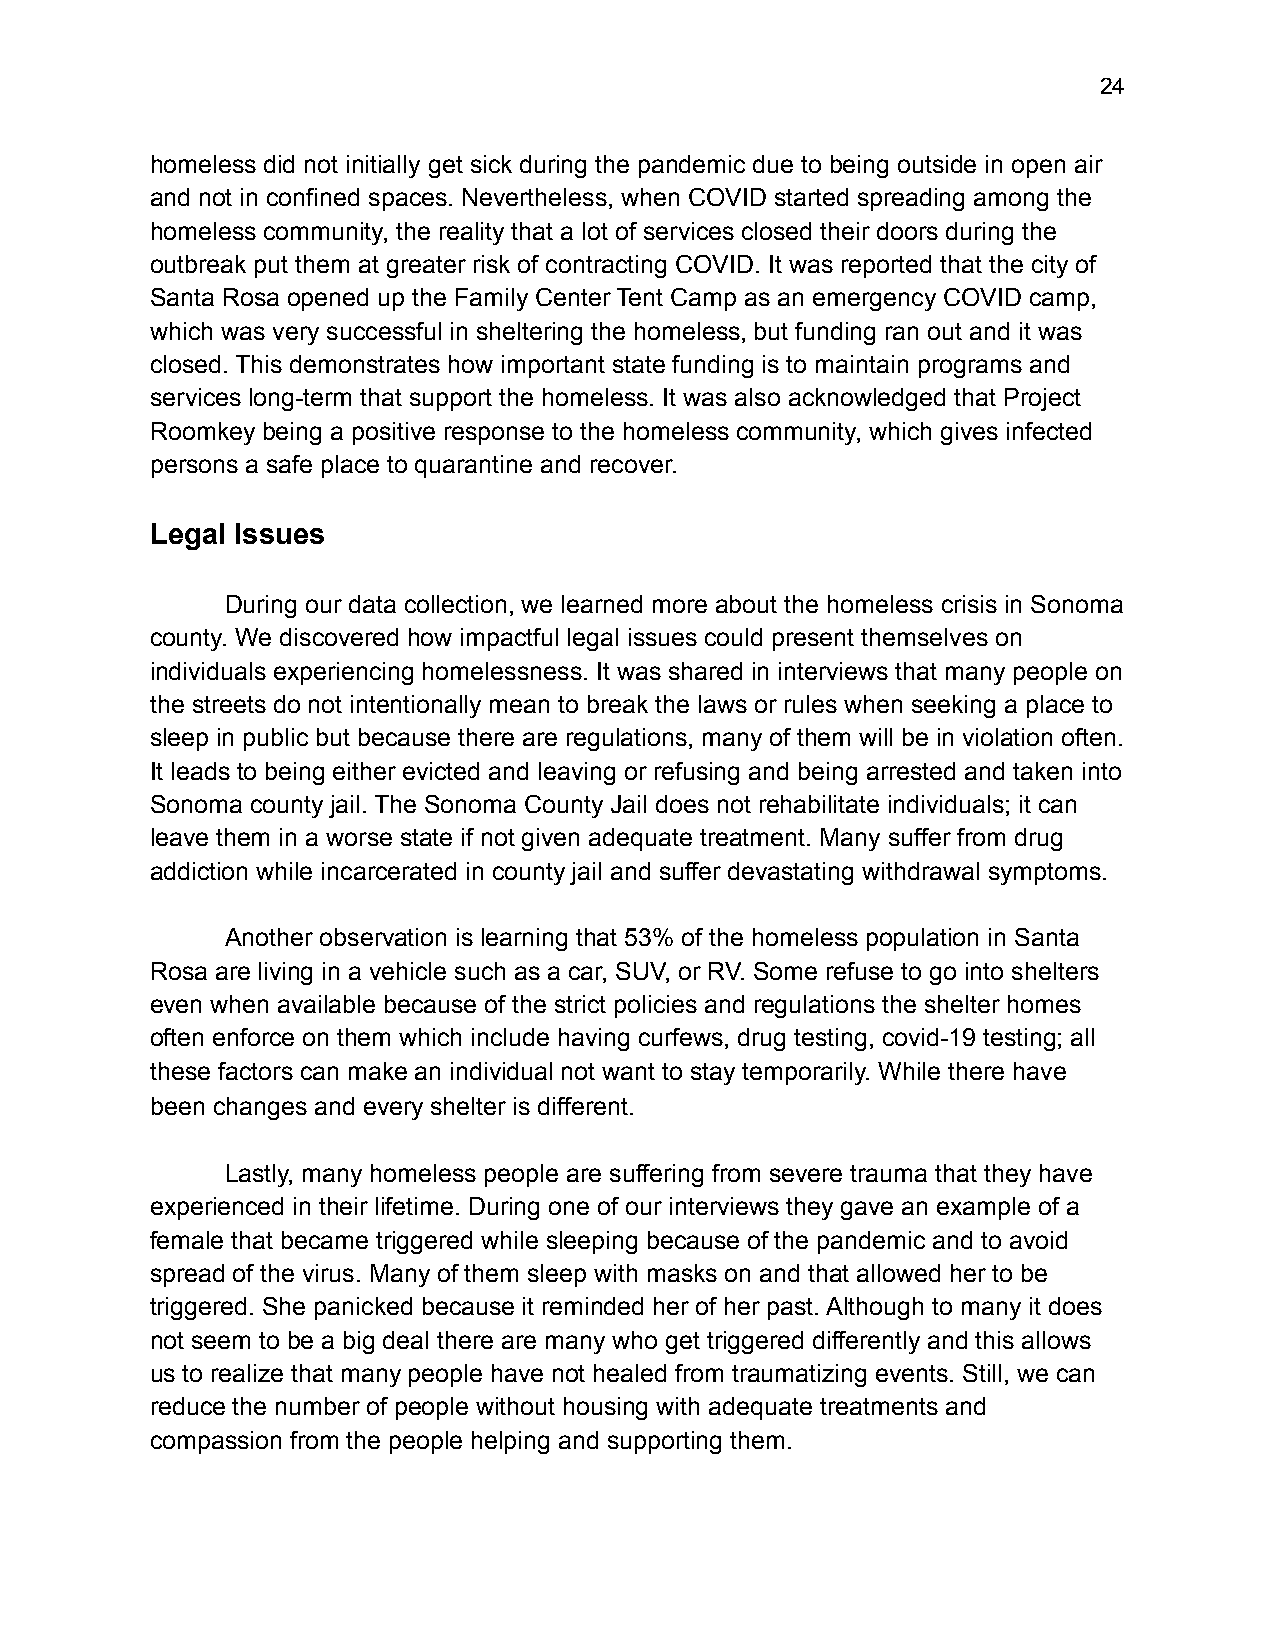
!24
 homeless did not initially get sick during the pandemic due to being outside in open air
 and not in confined spaces. Nevertheless, when COVID started spreading among the
 homeless community, the reality that a lot of services closed their doors during the
 outbreak put them at greater risk of contracting COVID. It was reported that the city of
 Santa Rosa opened up the Family Center Tent Camp as an emergency COVID camp,
 which was very successful in sheltering the homeless, but funding ran out and it was
 closed. This demonstrates how important state funding is to maintain programs and
 services long-term that support the homeless. It was also acknowledged that Project
 Roomkey being a positive response to the homeless community, which gives infected
 persons a safe place to quarantine and recover.
 Legal Issues
 During our data collection, we learned more about the homeless crisis in Sonoma
 county. We discovered how impactful legal issues could present themselves on
 individuals experiencing homelessness. It was shared in interviews that many people on
 the streets do not intentionally mean to break the laws or rules when seeking a place to
 sleep in public but because there are regulations, many of them will be in violation often.
 It leads to being either evicted and leaving or refusing and being arrested and taken into
 Sonoma county jail. The Sonoma County Jail does not rehabilitate individuals; it can
 leave them in a worse state if not given adequate treatment. Many suffer from drug
 addiction while incarcerated in county jail and suffer devastating withdrawal symptoms.
 Another observation is learning that 53% of the homeless population in Santa
 Rosa are living in a vehicle such as a car, SUV, or RV. Some refuse to go into shelters
 even when available because of the strict policies and regulations the shelter homes
 often enforce on them which include having curfews, drug testing, covid-19 testing; all
 these factors can make an individual not want to stay temporarily. While there have
 been changes and every shelter is different.
 Lastly, many homeless people are suffering from severe trauma that they have
 experienced in their lifetime. During one of our interviews they gave an example of a
 female that became triggered while sleeping because of the pandemic and to avoid
 spread of the virus. Many of them sleep with masks on and that allowed her to be
 triggered. She panicked because it reminded her of her past. Although to many it does
 not seem to be a big deal there are many who get triggered differently and this allows
 us to realize that many people have not healed from traumatizing events. Still, we can
 reduce the number of people without housing with adequate treatments and
 compassion from the people helping and supporting them.